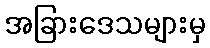
အခြားဒေသများမှ